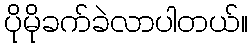
ပိုမိုခက်ခဲလာပါတယ်။